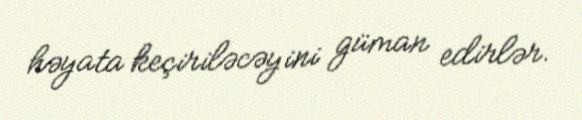
həyata keçiriləcəyini güman edirlər.